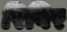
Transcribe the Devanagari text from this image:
रिविर